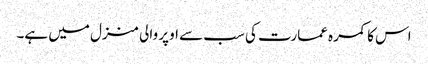
اس کا کمرہ عمارت کی سب سے اوپر والی منزل میں ہے۔